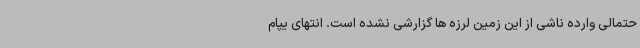
حتمالی وارده ناشی از این زمین لرزه ها گزارشی نشده است. انتهای یپام